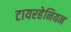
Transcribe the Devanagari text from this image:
टायरहेनियन